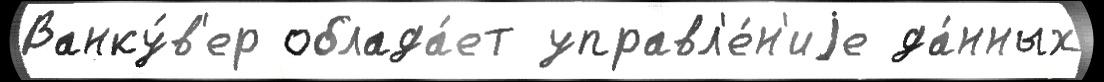
Ванку́в'ер облада́ет управл'е́н'иjе да́нных